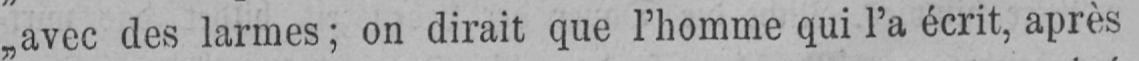
„avec des larmes; on dirait que l’homme qui l’a écrit, après